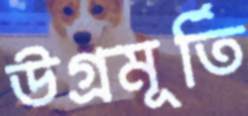
উগ্রমূর্তি